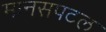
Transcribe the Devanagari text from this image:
मानसपटल